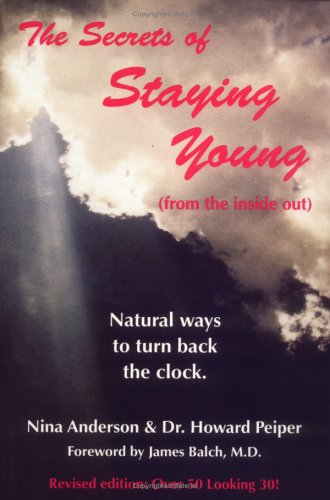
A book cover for The Secrets of Staying Young; Nina Anderson; Health, Fitness & Dieting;